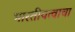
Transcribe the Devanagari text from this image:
भारतीयत्वाचा